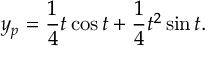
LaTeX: y _ { p } = { \frac { 1 } { 4 } } t \cos t + { \frac { 1 } { 4 } } t ^ { 2 } \sin t .